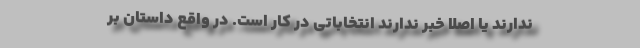
ندارند یا اصلا خبر ندارند انتخاباتی در کار است. در واقع داستان بر